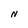
Character: N